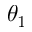
\theta _ { 1 }